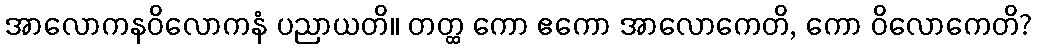
အာလောကနဝိလောကနံ ပညာယတိ။ တတ္ထ ကော ဧကော အာလောကေတိ, ကော ဝိလောကေတိ?